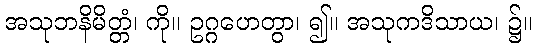
အသုဘနိမိတ္တံ၊ ကို။ ဥဂ္ဂဟေတွာ၊ ၍။ အသုကဒိသာယ၊ ၌။